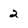
Character: 2